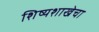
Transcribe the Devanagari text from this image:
शिष्यशाखेचा